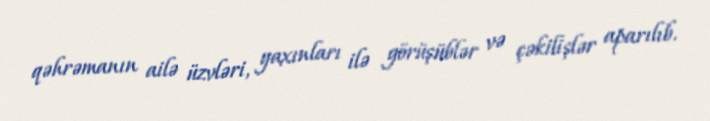
qəhrəmanın ailə üzvləri, yaxınları ilə görüşüblər və çəkilişlər aparılıb.